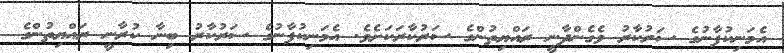
އެމަނިކުފާނުގެ ސަރުކާރު ވެގެންދާނީ ރައްޔިތުންގެ ސަރުކާރަކަށެވެ. އެމަނިކުފާނުގެ ސަރުކާރު ބިނާ ކުރާނީ ރައްޔިތުންގެ